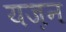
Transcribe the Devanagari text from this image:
यज़न